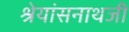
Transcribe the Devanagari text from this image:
श्रेयांसनाथजी